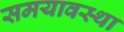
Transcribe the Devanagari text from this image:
समयावस्था